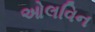
ઓલવિન